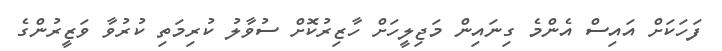
ފަހަކަށް އައިސް އެންމެ ގިނައިން މަޖިލީހަށް ހާޒިރުކޮށް ސުވާލު ކުރިމަތި ކުރުވާ ވަޒީރުންގެ